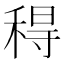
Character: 䅞